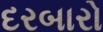
દરબારો